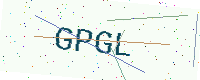
Text: GPGL